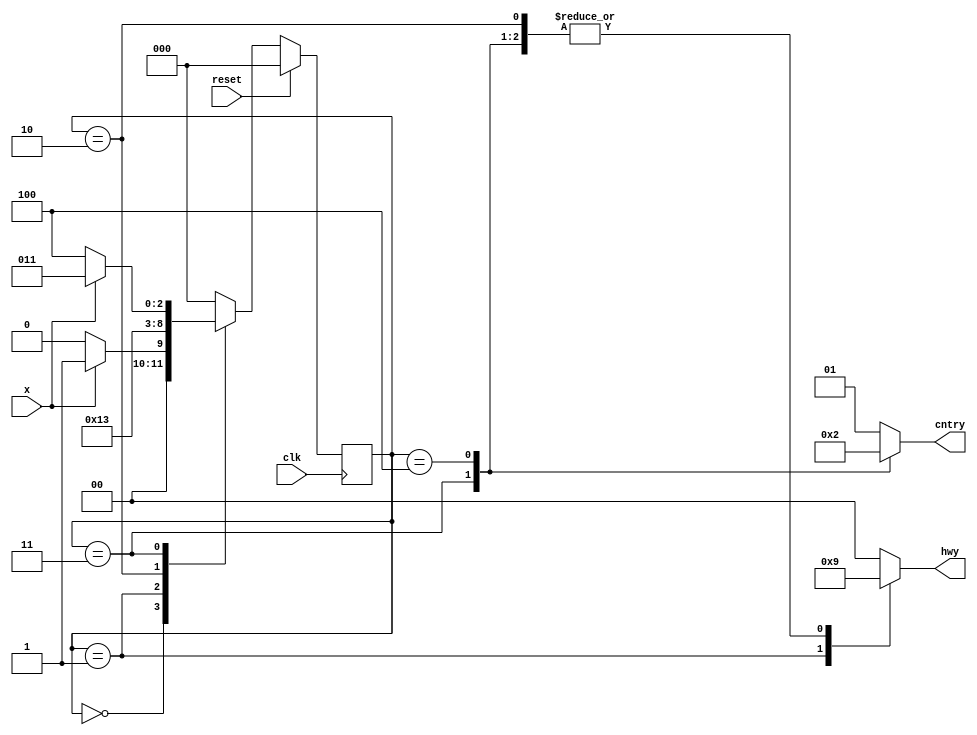
`timescale 1ns / 1ps

module traffic_signal_controller(clk, x, reset, hwy, cntry);
	 
	input clk, reset, x;
	parameter s0 = 3'b000, s1 = 3'b001, s2 = 3'b010, s3 = 3'b011, s4 = 3'b100;
	parameter green = 2'b00, red = 2'b01, yellow = 2'b10;
	reg [2:0] state, next_state;
	output reg [1:0] hwy, cntry;
	
	initial begin 
		state = s0; 
		next_state = s0; 
		hwy = green; 
		cntry = red; 
	end 
	
	always @(posedge clk) begin
		if(reset)
			state <= s0; 
		else
			state <= next_state;
	end

	always @(state or x) begin
		case(state)
			s0: begin
					hwy = green;
					cntry	= red;
					next_state = x ? s1: s0; 
				 end

			s1: begin
					hwy = yellow;
					cntry	= red;
					next_state = s2; 
				 end

			s2: begin
					hwy = red;
					cntry	= red;
					next_state = s3; 
				 end
			
			s3: begin
					hwy = red;
					cntry	= green;
					next_state = x ? s3: s4; 
				 end
			
			s4: begin
					hwy = red;
					cntry	= yellow;
					next_state = s0; 
				 end
			
			default: begin
							next_state = s0;
							hwy = green; 
							cntry = red; 
						end 
		endcase
	end
	
endmodule